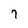
Character: 7